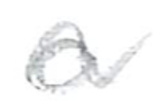
Text: a
Cross-out: wave
Writing tool: pencil